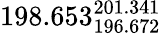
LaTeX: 198.653_{196.672}^{201.341}